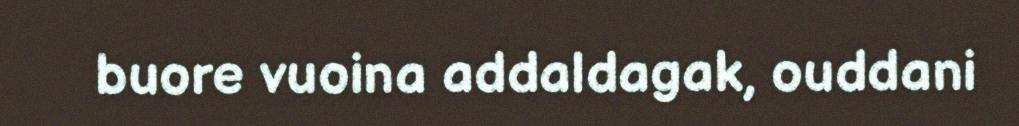
buore vuoina addaldagak, ouddani